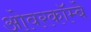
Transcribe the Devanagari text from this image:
ओवरकॉम्बे